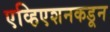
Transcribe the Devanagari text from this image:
एव्हिएशनकडून